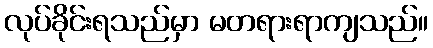
လုပ်ခိုင်းရသည်မှာ မတရားရာကျသည်။